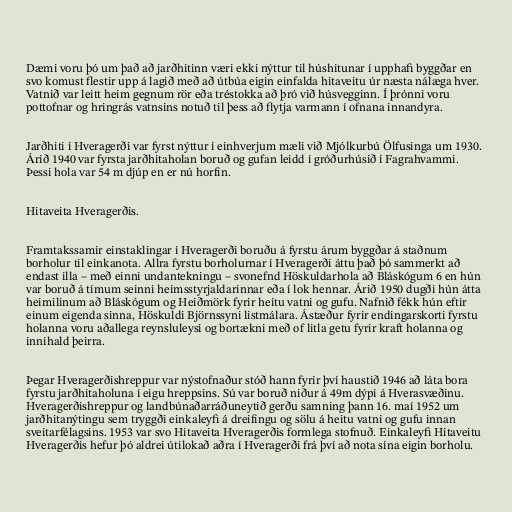
Dæmi voru þó um það að jarðhitinn væri ekki nýttur til húshitunar í upphafi byggðar en
svo komust flestir upp á lagið með að útbúa eigin einfalda hitaveitu úr næsta nálæga hver.
Vatnið var leitt heim gegnum rör eða tréstokka að þró við húsvegginn. Í þrónni voru
pottofnar og hringrás vatnsins notuð til þess að flytja varmann í ofnana innandyra.

Jarðhiti í Hveragerði var fyrst nýttur í einhverjum mæli við Mjólkurbú Ölfusinga um 1930.
Árið 1940 var fyrsta jarðhitaholan boruð og gufan leidd í gróðurhúsið í Fagrahvammi.
Þessi hola var 54 m djúp en er nú horfin.

Hitaveita Hveragerðis.

Framtakssamir einstaklingar í Hveragerði boruðu á fyrstu árum byggðar á staðnum
borholur til einkanota. Allra fyrstu borholurnar í Hveragerði áttu það þó sammerkt að
endast illa – með einni undantekningu – svonefnd Höskuldarhola að Bláskógum 6 en hún
var boruð á tímum seinni heimsstyrjaldarinnar eða í lok hennar. Árið 1950 dugði hún átta
heimilinum að Bláskógum og Heiðmörk fyrir heitu vatni og gufu. Nafnið fékk hún eftir
einum eigenda sinna, Höskuldi Björnssyni listmálara. Ástæður fyrir endingarskorti fyrstu
holanna voru aðallega reynsluleysi og bortækni með of litla getu fyrir kraft holanna og
innihald þeirra.

Þegar Hveragerðishreppur var nýstofnaður stóð hann fyrir því haustið 1946 að láta bora
fyrstu jarðhitaholuna í eigu hreppsins. Sú var boruð niður á 49m dýpi á Hverasvæðinu.
Hveragerðishreppur og landbúnaðarráðuneytið gerðu samning þann 16. maí 1952 um
jarðhitanýtingu sem tryggði einkaleyfi á dreifingu og sölu á heitu vatni og gufu innan
sveitarfélagsins. 1953 var svo Hitaveita Hveragerðis formlega stofnuð. Einkaleyfi Hitaveitu
Hveragerðis hefur þó aldrei útilokað aðra í Hveragerði frá því að nota sína eigin borholu.